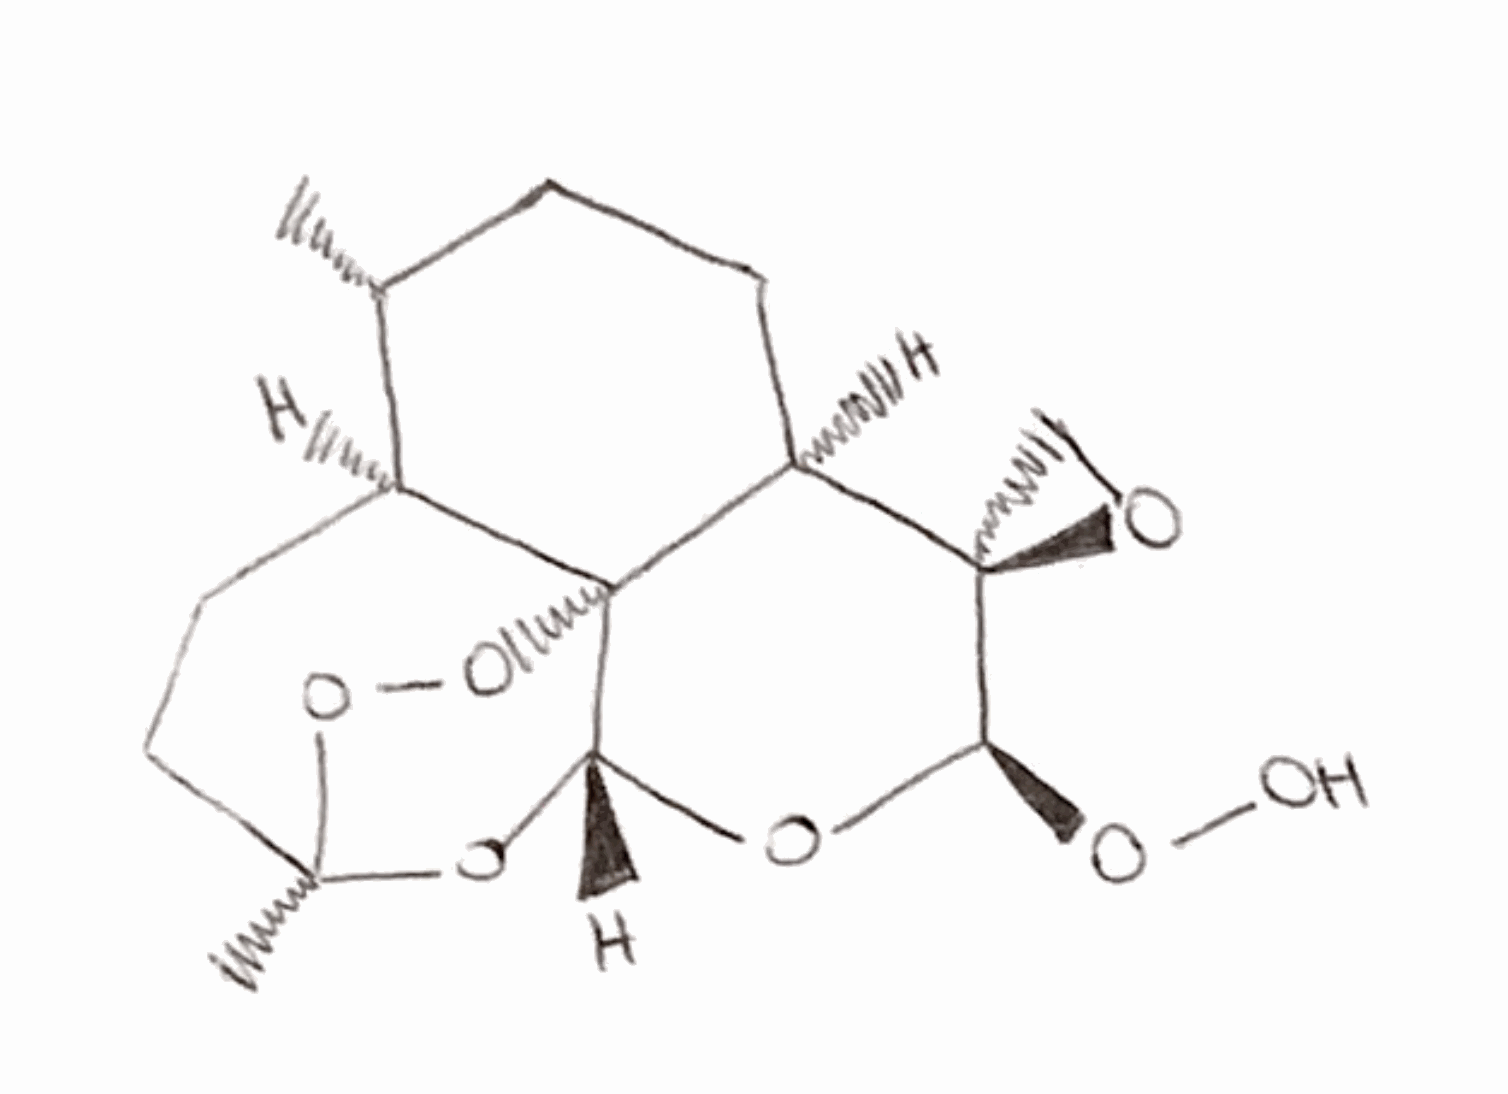
Simplified molecular-input line-entry system (SMILES) notation of the given molecule:
C[C@@H]1CC[C@H]2[C@]3(CO3)[C@H](O[C@H]4[C@@]25[C@H]1CC[C@](O4)(OO5)C)OO